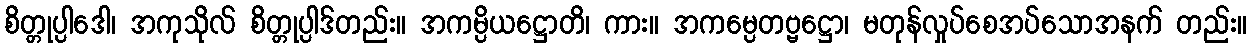
စိတ္တုပ္ပါဒေါ၊ အကုသိုလ် စိတ္တုပ္ပါဒ်တည်း။ အကမ္ပိယဋ္ဌောတိ၊ ကား။ အကမ္ပေတဗ္ဗဋ္ဌော၊ မတုန်လှုပ်စေအပ်သောအနက် တည်း။